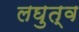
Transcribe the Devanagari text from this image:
लघुत्व